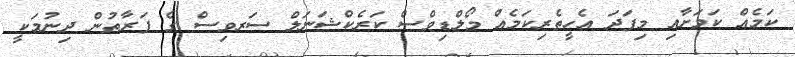
ކަމެއް ކަމަށާއި މިފަދަ އެހީތެރިކަމެއް މޯލްޑިވްސް ކަރެކްޝަނަލް ސަރވިސް ގެ ފަރާތުން ދިނުމަކީ